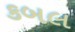
કબલ